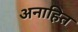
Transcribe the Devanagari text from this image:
अनाहित